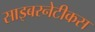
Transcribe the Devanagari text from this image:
साइबरनेटीकस